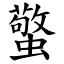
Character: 蟼